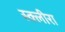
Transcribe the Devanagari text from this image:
स्क्लीरा